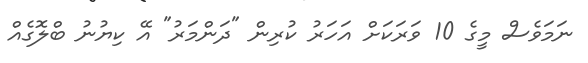
ނަމަވެސް މީގެ 10 ވަރަކަށް އަހަރު ކުރިން "ދަންމަރު" އޭ ކިޔުނު ބްލޮގެއް